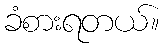
ခံစားရတယ်။